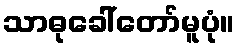
သာဓုခေါ်တော်မူပုံ။